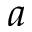
a